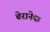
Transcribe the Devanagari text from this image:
बेरानेक